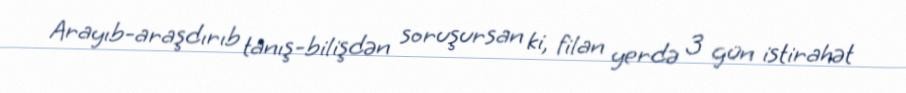
Arayıb-araşdırıb tanış-bilişdən soruşursan ki, filan yerdə 3 gün istirahət